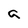
Character: a